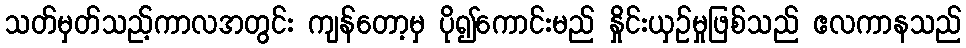
သတ်မှတ်သည့်ကာလအတွင်း ကျန်တော့မှ ပို၍ကောင်းမည် နှိုင်းယှဉ်မှုဖြစ်သည် ဧလကာနသည်